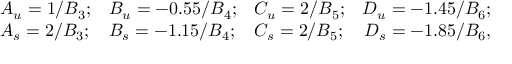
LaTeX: \begin{array} { c l l l r } { { } } & { { A _ { u } = 1 / B _ { 3 } ; } } & { { B _ { u } = - 0 . 5 5 / B _ { 4 } ; } } & { { C _ { u } = 2 / B _ { 5 } ; } } & { { D _ { u } = - 1 . 4 5 / B _ { 6 } ; } } \\ { { } } & { { A _ { s } = 2 / B _ { 3 } ; } } & { { B _ { s } = - 1 . 1 5 / B _ { 4 } ; } } & { { C _ { s } = 2 / B _ { 5 } ; } } & { { D _ { s } = - 1 . 8 5 / B _ { 6 } , } } \end{array}